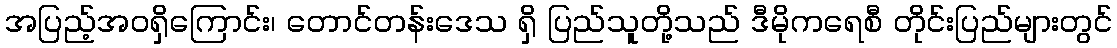
အပြည့်အဝရှိကြောင်း၊ တောင်တန်းဒေသ ရှိ ပြည်သူတို့သည် ဒီမိုကရေစီ တိုင်းပြည်များတွင်